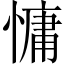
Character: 慵